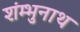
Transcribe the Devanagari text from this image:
शंम्भुनाथ